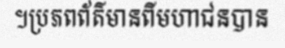
។ប្រភពព័ត៌មានពីមហាជនបាន